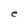
Character: e